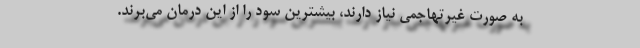
به صورت غیرتهاجمی نیاز دارند، بیشترین سود را از این درمان می‌برند.